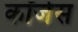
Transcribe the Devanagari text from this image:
कॉजेस